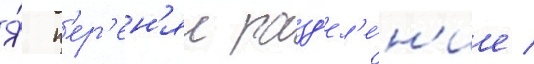
Я́ п'ер'ен'ял разд'ел'е́н'ие /